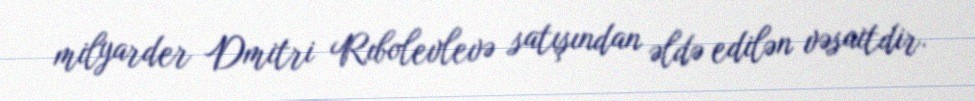
milyarder Dmitri Rıbolevlevə satışından əldə edilən vəsaitdir.